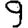
Digit: 9